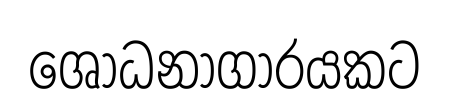
ශෝධනාගාරයකට